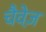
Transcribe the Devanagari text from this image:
चैवेज़